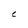
Character: C